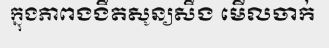
ក្នុងភាពងងឹតសូន្យសឹង មើលចាក់